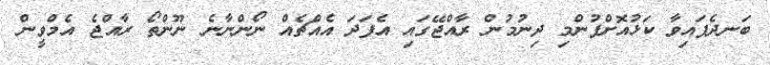
ބަނދެފައިވާ ކަޅުއޮށްފުންމި ދިނުމުން ރާއްޖޭގައި އެފަދަ އެއްޗެއް ނޯންނާނެ ނޫންތޯ ރާއްޖެ އެމްވީން